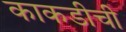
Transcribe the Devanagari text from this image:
काकडीची